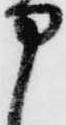
申